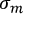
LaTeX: \sigma _ { m } \,